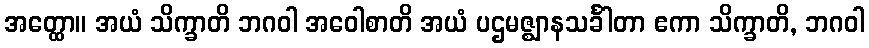
အတ္ထော။ အယံ သိက္ခာတိ ဘဂဝါ အဝေါစာတိ အယံ ပဌမဇ္ဈာနသင်္ခါတာ ဧကာ သိက္ခာတိ, ဘဂဝါ